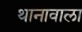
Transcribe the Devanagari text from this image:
थानावाला